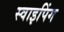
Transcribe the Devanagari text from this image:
स्वाइपिंग